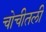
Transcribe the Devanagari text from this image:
चोचीतली